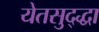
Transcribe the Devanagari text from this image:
येतसुद्द्धा